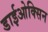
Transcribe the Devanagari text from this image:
डाईओक्सिन